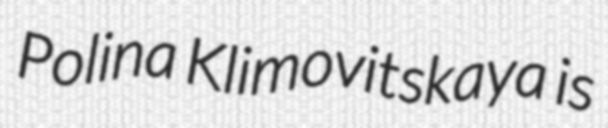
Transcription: Polina Klimovitskaya is